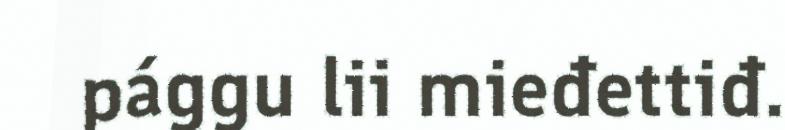
pággu lii mieđettiđ.